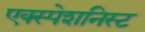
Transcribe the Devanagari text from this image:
एक्स्पेशनिस्ट